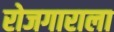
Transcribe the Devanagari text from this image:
रोजगाराला